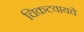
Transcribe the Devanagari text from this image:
चिकटवायचे